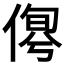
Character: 𠋹